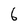
Character: 6